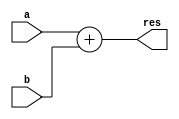

module add(input [31:0] a,b,output reg[31:0] res);

always @(*)begin

	res = a + b;
	
end

endmodule